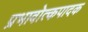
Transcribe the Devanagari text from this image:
प्रभावोत्कपादक